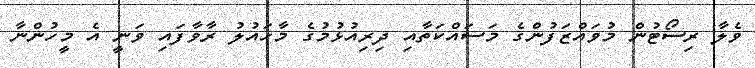
ވެލާ ރިސޯޓުން މުވައްޒަފުންގެ މަސައްކަތާއި ދިރިއުޅުމުގެ މާހައުލު ރާވާފައި ވަނީ އެ މީހުންނާ